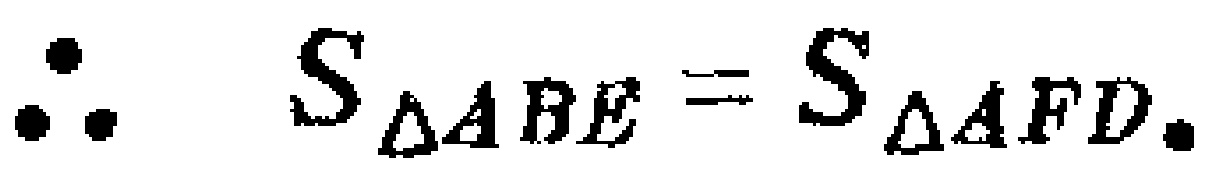
\(\therefore\ S_{\triangle ABE}=S_{\triangle AFD}.\)